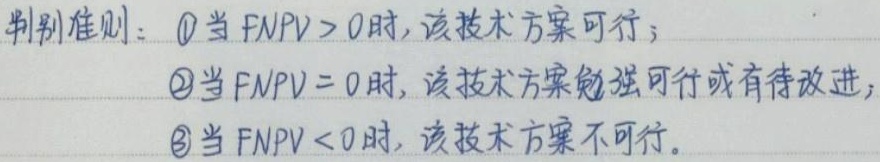
判别准则：\textcircled{1}当$FNPV>0$时，该技术方案可行；
\textcircled{2}当$FNPV = 0$时，该技术方案勉强可行或有待改进；
\textcircled{3}当$FNPV<0$时，该技术方案不可行。